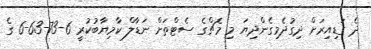
ދެ ގަޑިއިރަށް ދިގުދެމިގެންދިޔަ މި މެޗްގެ ސެޓްތަށް ނަޑާލް ކާމިޔާބުކުރީ 6-73-63-6 ގެ